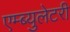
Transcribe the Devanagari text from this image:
एम्ब्युलेटरी